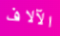
الآلاف